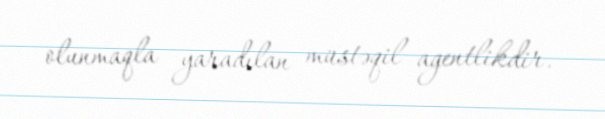
olunmaqla yaradılan müstəqil agentlikdir.